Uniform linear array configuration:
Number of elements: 4
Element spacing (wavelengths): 0.75
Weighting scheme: hann
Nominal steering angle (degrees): -60
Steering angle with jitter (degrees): -59.243
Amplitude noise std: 0.05
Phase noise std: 0.05

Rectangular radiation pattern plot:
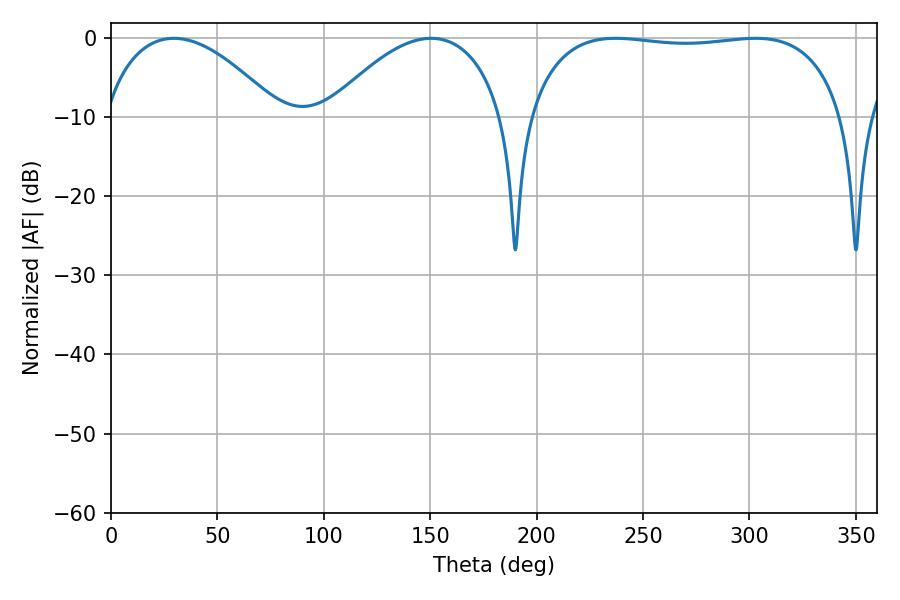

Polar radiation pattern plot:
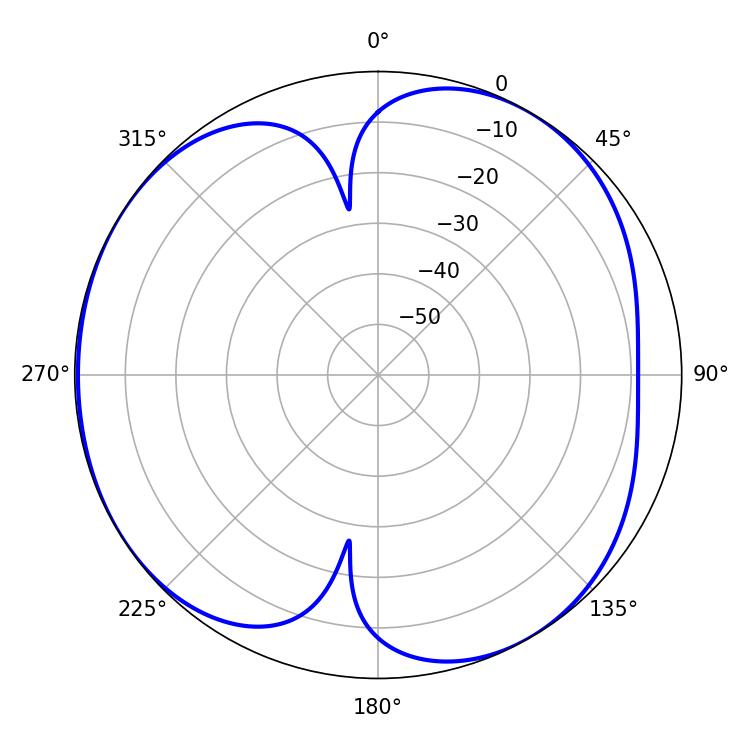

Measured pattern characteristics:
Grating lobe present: TRUE
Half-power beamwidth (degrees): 46.44
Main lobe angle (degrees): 29.52